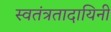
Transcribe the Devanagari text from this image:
स्वतंत्रतादायिनी